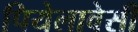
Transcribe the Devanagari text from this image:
पियेलावेसी